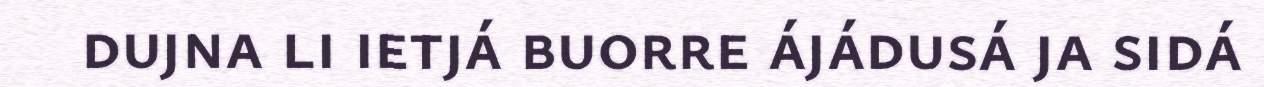
dujna li ietjá buorre ájádusá ja sidá